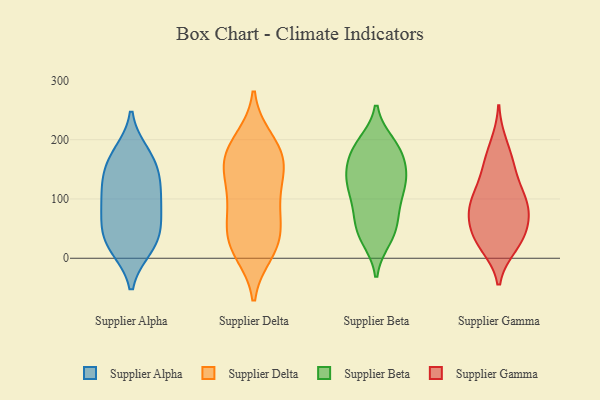
{"axis": {"x": "Population (Million)", "y": "Value"}, "legend": ["Supplier Alpha", "Supplier Beta", "Supplier Delta", "Supplier Gamma"], "data": [{"x": "", "y": 114, "type": "Supplier Alpha"}, {"x": "", "y": 66, "type": "Supplier Alpha"}, {"x": "", "y": 164, "type": "Supplier Alpha"}, {"x": "", "y": 117, "type": "Supplier Alpha"}, {"x": "", "y": 45, "type": "Supplier Alpha"}, {"x": "", "y": 24, "type": "Supplier Alpha"}, {"x": "", "y": 176, "type": "Supplier Alpha"}, {"x": "", "y": 93, "type": "Supplier Alpha"}, {"x": "", "y": 163, "type": "Supplier Alpha"}, {"x": "", "y": 135, "type": "Supplier Alpha"}, {"x": "", "y": 19, "type": "Supplier Alpha"}, {"x": "", "y": 76, "type": "Supplier Alpha"}, {"x": "", "y": 25, "type": "Supplier Alpha"}, {"x": "", "y": 95, "type": "Supplier Delta"}, {"x": "", "y": 45, "type": "Supplier Delta"}, {"x": "", "y": 17, "type": "Supplier Delta"}, {"x": "", "y": 150, "type": "Supplier Delta"}, {"x": "", "y": 150, "type": "Supplier Delta"}, {"x": "", "y": 79, "type": "Supplier Delta"}, {"x": "", "y": 77, "type": "Supplier Delta"}, {"x": "", "y": 158, "type": "Supplier Delta"}, {"x": "", "y": 187, "type": "Supplier Delta"}, {"x": "", "y": 25, "type": "Supplier Delta"}, {"x": "", "y": 118, "type": "Supplier Delta"}, {"x": "", "y": 161, "type": "Supplier Delta"}, {"x": "", "y": 31, "type": "Supplier Delta"}, {"x": "", "y": 200, "type": "Supplier Delta"}, {"x": "", "y": 188, "type": "Supplier Delta"}, {"x": "", "y": 10, "type": "Supplier Delta"}, {"x": "", "y": 193, "type": "Supplier Beta"}, {"x": "", "y": 150, "type": "Supplier Beta"}, {"x": "", "y": 173, "type": "Supplier Beta"}, {"x": "", "y": 132, "type": "Supplier Beta"}, {"x": "", "y": 33, "type": "Supplier Beta"}, {"x": "", "y": 41, "type": "Supplier Beta"}, {"x": "", "y": 92, "type": "Supplier Beta"}, {"x": "", "y": 46, "type": "Supplier Beta"}, {"x": "", "y": 124, "type": "Supplier Beta"}, {"x": "", "y": 182, "type": "Supplier Beta"}, {"x": "", "y": 48, "type": "Supplier Beta"}, {"x": "", "y": 129, "type": "Supplier Beta"}, {"x": "", "y": 132, "type": "Supplier Beta"}, {"x": "", "y": 83, "type": "Supplier Beta"}, {"x": "", "y": 132, "type": "Supplier Beta"}, {"x": "", "y": 183, "type": "Supplier Beta"}, {"x": "", "y": 84, "type": "Supplier Beta"}, {"x": "", "y": 188, "type": "Supplier Beta"}, {"x": "", "y": 71, "type": "Supplier Gamma"}, {"x": "", "y": 132, "type": "Supplier Gamma"}, {"x": "", "y": 98, "type": "Supplier Gamma"}, {"x": "", "y": 75, "type": "Supplier Gamma"}, {"x": "", "y": 155, "type": "Supplier Gamma"}, {"x": "", "y": 86, "type": "Supplier Gamma"}, {"x": "", "y": 162, "type": "Supplier Gamma"}, {"x": "", "y": 47, "type": "Supplier Gamma"}, {"x": "", "y": 21, "type": "Supplier Gamma"}, {"x": "", "y": 45, "type": "Supplier Gamma"}, {"x": "", "y": 31, "type": "Supplier Gamma"}, {"x": "", "y": 98, "type": "Supplier Gamma"}, {"x": "", "y": 100, "type": "Supplier Gamma"}, {"x": "", "y": 23, "type": "Supplier Gamma"}, {"x": "", "y": 193, "type": "Supplier Gamma"}]}